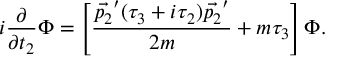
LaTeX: i \frac { \partial } { \partial t _ { 2 } } \Phi = \left[ \frac { \vec { p _ { 2 } } ^ { \prime } ( \tau _ { 3 } + i \tau _ { 2 } ) \vec { p _ { 2 } } ^ { \prime } } { 2 m } + m \tau _ { 3 } \right] \Phi .